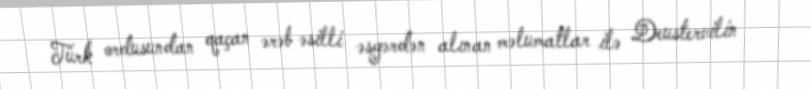
Türk ordusundan qaçan ərəb əsilli əsgərdən alınan məlumatlar ilə Deustervilin